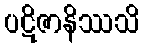
ပဋိဇာနိဿသိ